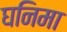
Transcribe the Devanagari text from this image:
घनिमा